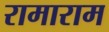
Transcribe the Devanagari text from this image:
रामाराम